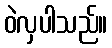
ဝဲလှပါသည်။